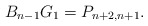
\begin{align*} B_{n-1}G_1=P_{n+2,n+1}.\end{align*}